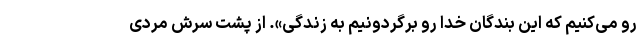
رو می‌کنیم که این بندگان خدا رو برگردونیم به زندگی». از پشت سرش مردی